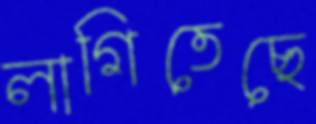
লাগিতেছে